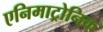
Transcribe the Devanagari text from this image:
एनिमाट्रोनिक